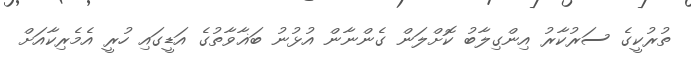
ތުރުކީގެ ސަރުކާރު އިންގިލާބު ކޮށްލަން ގެންނާން އުޅުނު ބަޣާވާތުގެ އަޑީގައި ހުރީ އެމެރިކާއަށް